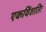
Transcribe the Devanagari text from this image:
एकविंशतिः